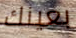
بعينك